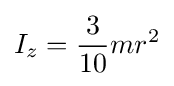
I_{z}={\frac {3}{10}}mr^{2}\,\!